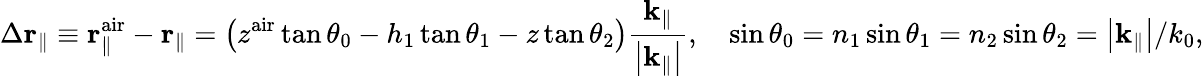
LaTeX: \Delta{\mathbf r}_{\parallel}\equiv{\mathbf r}_{\parallel}^{\mathrm{air}}-{\mathbf r}_{\parallel}=\left(z^{\mathrm{air}}\tan\theta_{0}-h_{1}\tan\theta_{1}-z\tan\theta_{2}\right)\frac{{\mathbf k}_{\parallel}}{\left|{\mathbf k}_{\parallel}\right|},\quad\sin\theta_{0}=n_{1}\sin\theta_{1}=n_{2}\sin\theta_{2}=\left|{\mathbf k}_{\parallel}\right|/k_{0},